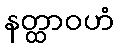
နတ္ထာဝဟံ